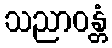
သညာဝန္တံ